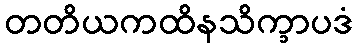
တတိယကထိနသိက္ခာပဒံ